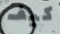
كيف